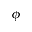
\phi